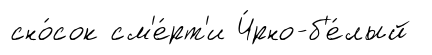
сно́сок см'е́рт'и Ч́рно-б'е́лый